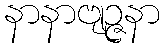
နာနာဗျဉ္ဇနာ